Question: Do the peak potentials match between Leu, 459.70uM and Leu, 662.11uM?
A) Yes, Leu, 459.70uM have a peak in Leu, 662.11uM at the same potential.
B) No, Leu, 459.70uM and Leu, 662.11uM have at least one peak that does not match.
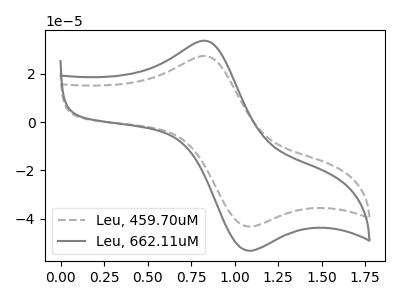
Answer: <think>The gray dashed curve "Leu, 459.70uM" has an anodic peak at (0.80V, 27.40uA) and a cathodic peak at (1.05V, -43.05uA). The gray curve "Leu, 662.11uM" has an anodic peak at (0.80V, 33.70uA) and a cathodic peak at (1.05V, -52.95uA).</think>
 <answer>A) Yes, "Leu, 459.70uM" have a peak in "Leu, 662.11uM" at the same potential.</answer>
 <eval>A</eval>